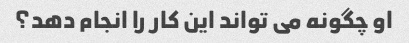
او چگونه می تواند این کار را انجام دهد؟